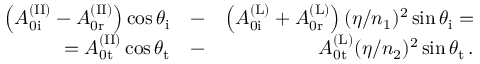
\begin{array} { r l r } { \left( A _ { \mathrm { 0 i } } ^ { \mathrm { ( I I ) } } - A _ { \mathrm { 0 r } } ^ { \mathrm { ( I I ) } } \right) \cos \theta _ { \mathrm { i } } } & { - } & { \left( A _ { \mathrm { 0 i } } ^ { \mathrm { ( L ) } } + A _ { \mathrm { 0 r } } ^ { \mathrm { ( L ) } } \right) ( \eta / n _ { 1 } ) ^ { 2 } \sin \theta _ { \mathrm { i } } = } \\ { = A _ { \mathrm { 0 t } } ^ { \mathrm { ( I I ) } } \cos \theta _ { \mathrm { t } } } & { - } & { A _ { \mathrm { 0 t } } ^ { \mathrm { ( L ) } } ( \eta / n _ { 2 } ) ^ { 2 } \sin \theta _ { \mathrm { t } } \, . } \end{array}